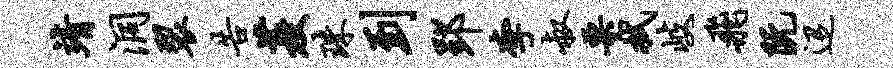
靖洞裂告菱珠到郢李叔栗拭岐飞阮迢